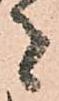
者